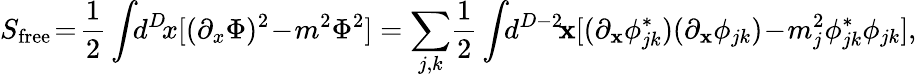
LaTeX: S_{\mathrm{free}}\! =\! \frac{1}{2}\int\! \! d^{D}\! x[(\partial_{x}\Phi)^{2}\! -\! m^{2}\Phi^{2}]=\sum_{j,k}\! \frac{1}{2}\int\! \! d^{D-2}\! {\mathbf x}[(\partial_{\mathbf x}\phi_{jk}^{*})(\partial_{\mathbf x}\phi_{jk})\! -\! m_{j}^{2}\phi_{jk}^{*}\phi_{jk}],